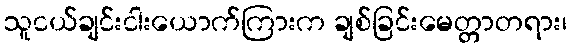
သူငယ်ချင်းငါးယောက်ကြားက ချစ်ခြင်းမေတ္တာတရား၊